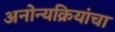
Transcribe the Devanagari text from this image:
अनोन्यक्रियांचा